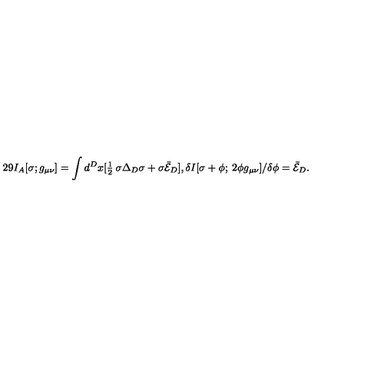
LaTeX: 2 9 I _ { A } [ \sigma ; g _ { \mu \nu } ] = \int d ^ { D } x [ \textstyle { \frac { 1 } { 2 } } \: \sigma \Delta _ { D } \sigma + \sigma \bar { { \cal E } } _ { D } ] , \delta I [ \sigma + \phi ; \: 2 \phi g _ { \mu \nu } ] / \delta \phi = \bar { \cal E } _ { D } .